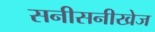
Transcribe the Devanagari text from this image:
सनीसनीखेज